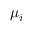
\mu _ { i }